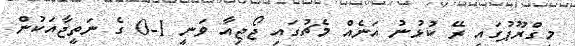
މިގްރޫޕުގައި ރޭ ކުޅުނު އަނެއް މެޗުގައި ޖޯޖިއާ ވަނީ 1-0 ގެ ނަތީޖާއަކުން